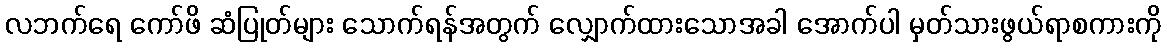
လဘက်ရေ ကော်ဖိ ဆံပြုတ်များ သောက်ရန်အတွက် လျှောက်ထားသောအခါ အောက်ပါ မှတ်သားဖွယ်ရာစကားကို